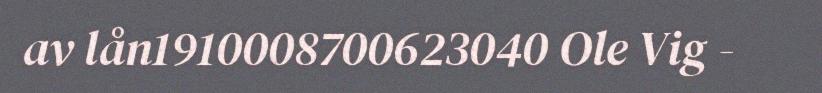
av lån1910008700623040 Ole Vig -